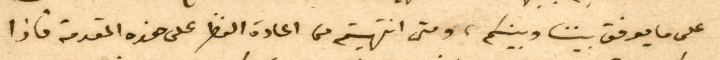
على ما يوفق بيننا وبينكم، ومتى انتهيتم من اعادة النظر على هذه المقدمة فاذا